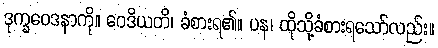
ဒုက္ခဝေဒနာကို။ ဝေဒိယတိ၊ ခံစားရ၏။ ပန၊ ထိုသို့ခံစားရသော်လည်း။